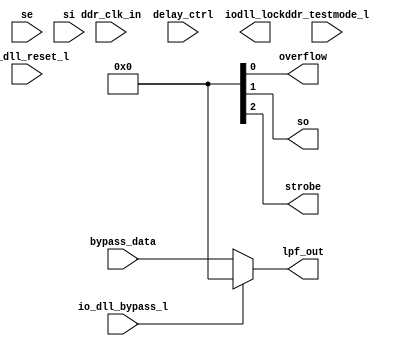
module bw_iodll(
	// inputs in alphabetical order
        bypass_data,
	ddr_clk_in,
	ddr_testmode_l,
	delay_ctrl,
	io_dll_bypass_l,
	io_dll_reset_l,
	se,
	si,
	//outputs in alphabetical order
	iodll_lock,	
	lpf_out,
	overflow,
	so,
	strobe
          );

	input [4:0]     bypass_data;
	input		ddr_clk_in;
	input		ddr_testmode_l;
	input [2:0]     delay_ctrl;
	input           io_dll_bypass_l;
	input		io_dll_reset_l;
	input		se;
	input		si;

	output		iodll_lock;
	output [4:0] 	lpf_out;
	output		overflow;
	output		so;
	output		strobe;


assign lpf_out = (io_dll_bypass_l == 1'b0)? bypass_data:5'b00000;

endmodule